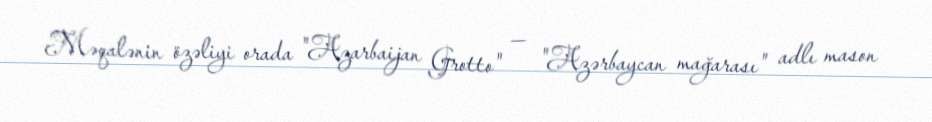
Məqalənin özəliyi orada "Azarbaijan Grotto" — "Azərbaycan mağarası" adlı mason